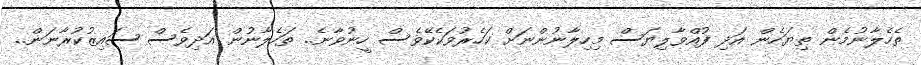
ތެހެލާނުމެން ތިޔަހެން އަދި ފުއްވާލިޔަސް މިހިލާނުންނަށް ކަހެރުވަކެކޭވެސް ހީނުވާނެ.. ތަހެލާނުން އަދިވެސް ސައިޒުކުރާނަން..